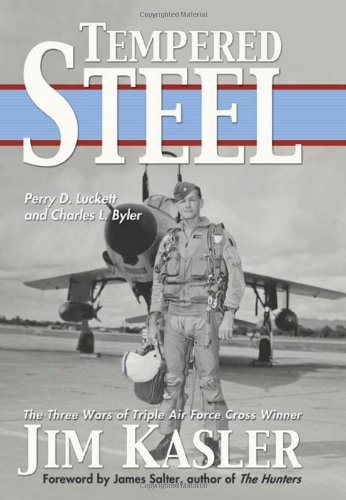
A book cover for Tempered Steel: The Three Wars of Triple Air Force Cross Winner Jim Kasler; Perry D. Luckett; History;